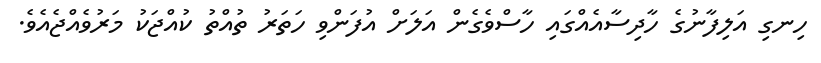
ހިނގި އަލިފާނުގެ ހާދިސާއެއްގައި ހާސްވެގެން އަލަށް އުފަންވި ހަތަރު ތުއްތު ކުއްޖަކު މަރުވެއްޖެއެެވެ.